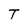
Character: T